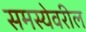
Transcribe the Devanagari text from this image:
समस्येवरील